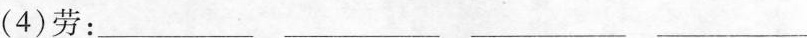
(4)劳：——— ——— ——— ———